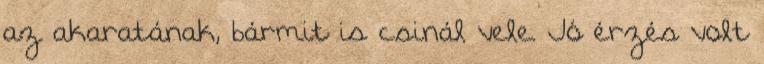
az akaratának, bármit is csinál vele. Jó érzés volt